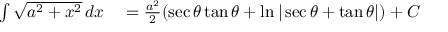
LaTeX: \begin{array} { r l } { \int { \sqrt { a ^ { 2 } + x ^ { 2 } } } \, d x } & { { } = { \frac { a ^ { 2 } } { 2 } } ( \sec \theta \tan \theta + \ln | \sec \theta + \tan \theta | ) + C } \end{array}